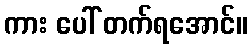
ကား ပေါ် တက်ရအောင်။